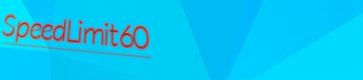
SpeedLimit60